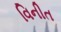
વિનીત